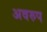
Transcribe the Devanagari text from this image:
अवरुप